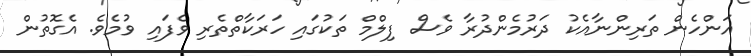
އަންހެން ތަރިންނާއެކު ދަރުމެންދުރާ ވެސް ފިލްމް ތަކުގައި ހަރަކާތްތެރި ވެފައި ވުމެވެ. އެގޮތުން